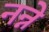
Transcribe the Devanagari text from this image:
नन्ने